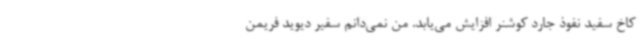
کاخ سفید نفوذ جارد کوشنر افزایش می‌یابد. من نمی‌دانم سفیر دیوید فریمن